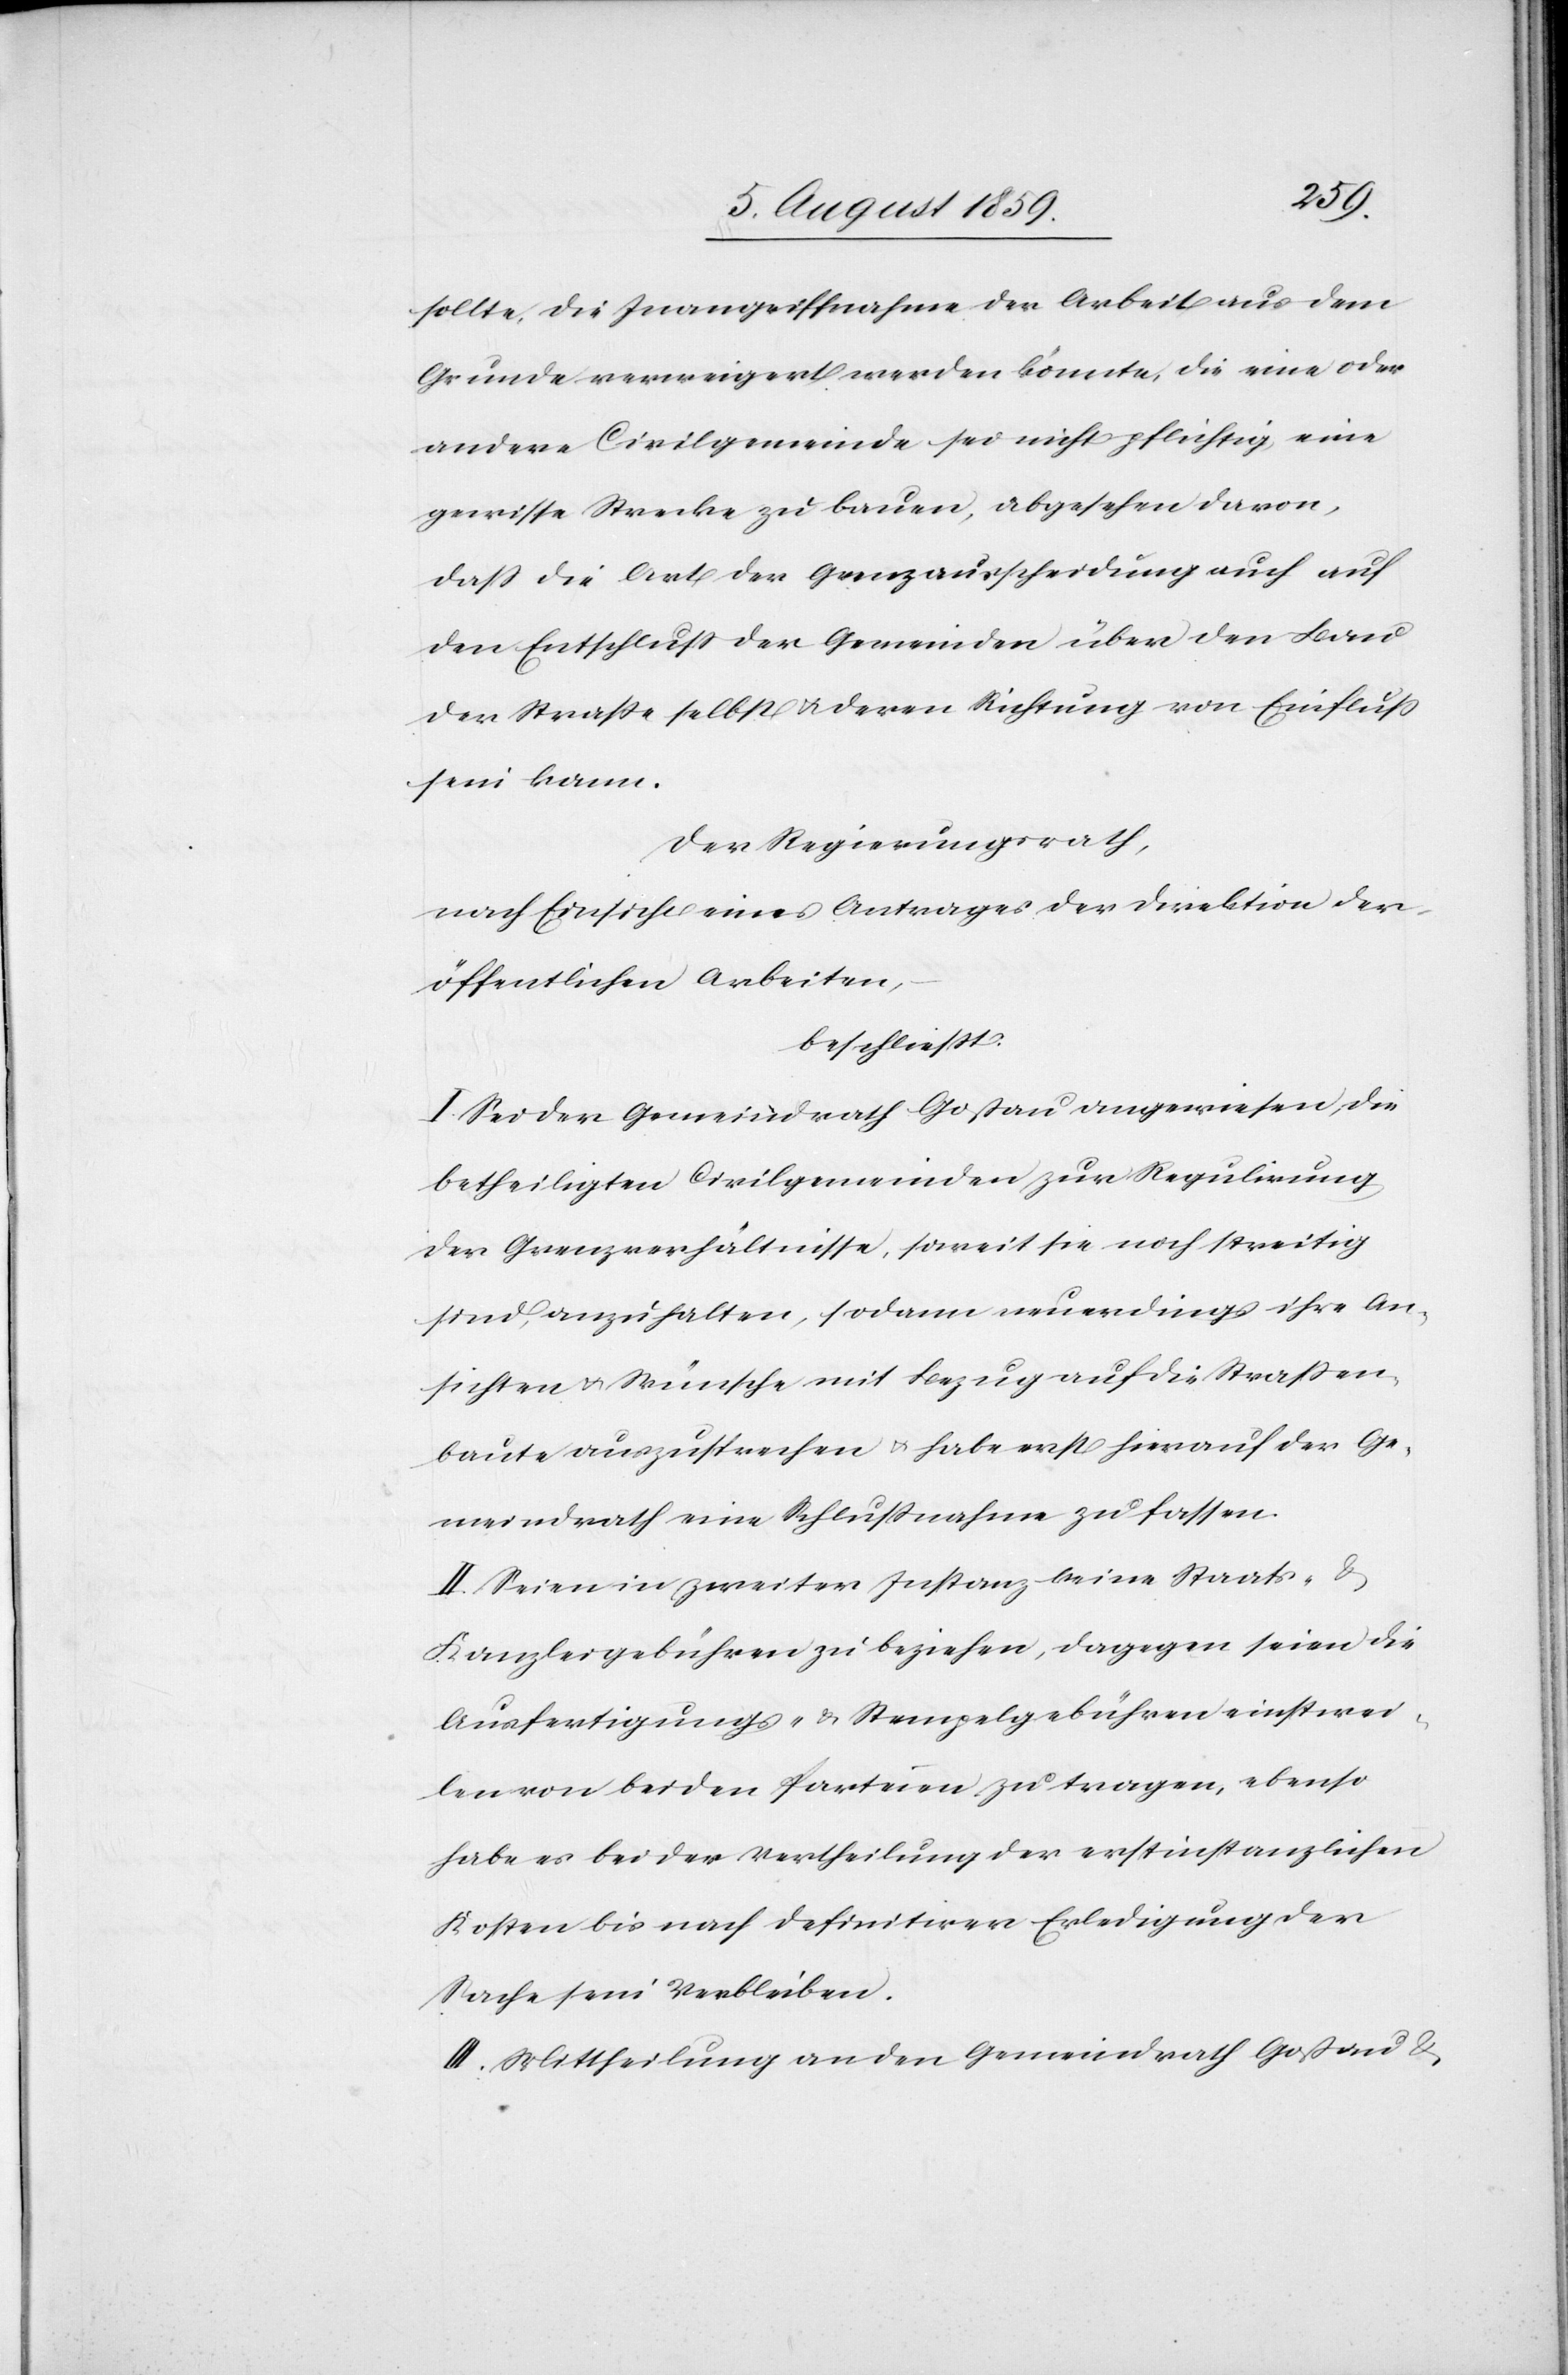
sollte, die Inangriffnahme der Arbeit aus dem
Grunde verweigert werden könnte, die eine oder
andere Civilgemeinde sei nicht pflichtig, eine
gewisse Strecke zu bauen, abgesehen davon,
daß die Art der Grenzausscheidung auch auf
den Entschluß der Gemeinden über den Bau
der Straße selbst u. deren Richtung von Einfluß
sein kann.
Der Regierungsrath,
nach Einsicht eines Antrages der Direktion der
öffentlichen Arbeiten,
beschließt:
I. Sei der Gemeindrath Goßau angewiesen, die
betheiligten Civilgemeinden zur Regulierung
der Grenzverhältnisse, soweit sie noch streitig
sind, anzuhalten, sodann neuerdings ihre An¬
sichten u. Wünsche mit Bezug auf die Straßen¬
baute auszusprechen u. habe erst hierauf der Ge¬
meindrath eine Schlußnahme zu fassen.
II. Seien in zweiter Instanz keine Staats- u.
Kanzleigebühren zu beziehen, dagegen seien die
Ausfertigungs- u. Stempelgebühren einstwei¬
len von beiden Parteien zu tragen, ebenso
habe es bei der Vertheilung der erstinstanzlichen
Kosten bis nach definitiver Erledigung der
Sache sein Verbleiben.
III. Mittheilung an den Gemeindrath Goßau u.